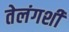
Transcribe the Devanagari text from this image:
तेलंगशी